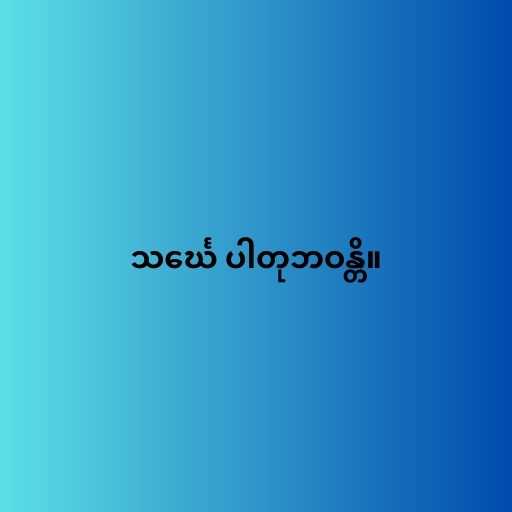
သင်္ဃေ ပါတုဘဝန္တိ။